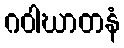
ဂဝါဃာတနံ